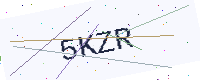
Text: 5KZR